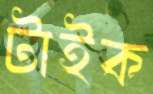
টাইক